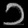
Digit: ၁